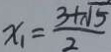
x _ { 1 } = \frac { 3 + \sqrt { 5 } } { 2 }